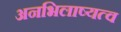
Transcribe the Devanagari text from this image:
अनभिलाष्यत्व